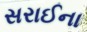
સરાઈના